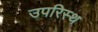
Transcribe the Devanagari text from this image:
उपरिस्थ